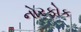
નોરફોક